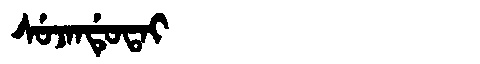
Manchu: ᠰᡠᠵᠠᠨᡩᡠᡨᠠᡳ
Romanization: SUJANDUTAI